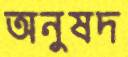
অনুষদ